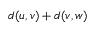
d ( u , v ) + d ( v , w )